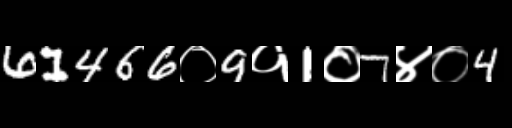
Text: 61466०9१1०7४०4